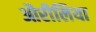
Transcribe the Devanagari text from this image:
औरीलिया